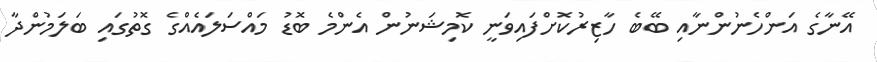
އޭނާގެ އަންހެނުންނާއި ބޭބެ ހާޒިރުކޮށްފައިވަނީ ކޮމިޝަނުން އެންމެ ބޮޑު މައްސަލައެއްގެ ގޮތުގައި ބަލަމުންދާ